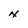
Character: N